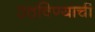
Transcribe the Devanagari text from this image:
उठविण्याची